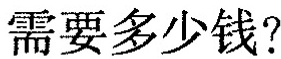
需要多少钱?